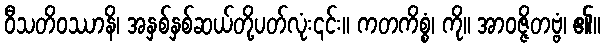
ဝီသတိဝဿာနိ၊ အနှစ်နှစ်ဆယ်တို့ပတ်လုံး၎င်း။ ကတကိစ္စံ၊ ကို။ အာဝဇ္ဇိတဗ္ဗံ၊ ၏။